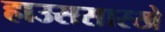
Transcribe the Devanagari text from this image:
हाउससारखे